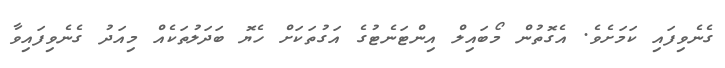
ގެނެވިފައި ކަމަށެވެ. އެގޮތުން މޯބައިލް އިންޓަނެޓުގެ އަގުތަކަށް ހެޔޮ ބަދަލުތަކެއް މިއަދު ގެނެވިފައިވާ